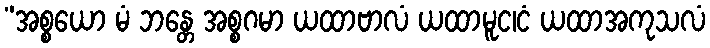
”အစ္စယော မံ ဘန္တေ အစ္စဂမာ ယထာဗာလံ ယထာမူင၊ငံ ယထာအကုသလံ